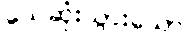
သေဆုံးသွားသော